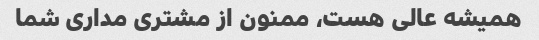
همیشه عالی هست، ممنون از مشتری مداری شما